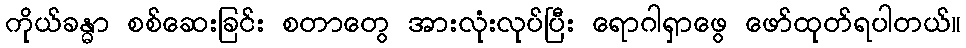
ကိုယ်ခန္ဓာ စစ်ဆေးခြင်း စတာတွေ အားလုံးလုပ်ပြီး ရောဂါရှာဖွေ ဖော်ထုတ်ရပါတယ်။